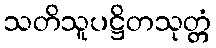
သတိသူပဋ္ဌိတသုတ္တံ